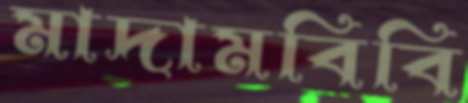
মাদামবিবি